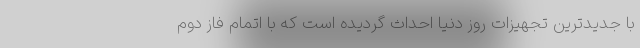
با جدیدترین تجهیزات روز دنیا احداث گردیده است که با اتمام فاز دوم